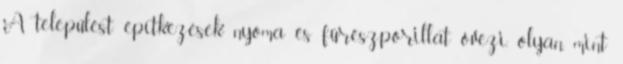
A települést építkezések nyoma és fűrészporillat övezi, olyan, mint